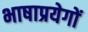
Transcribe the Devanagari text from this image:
भाषाप्रयेगों